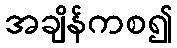
အချိန်ကစ၍